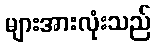
များအားလုံးသည်